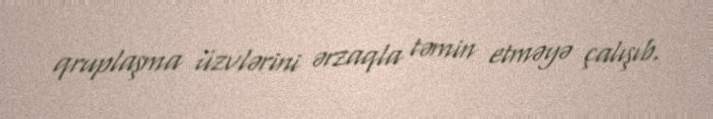
qruplaşma üzvlərini ərzaqla təmin etməyə çalışıb.